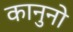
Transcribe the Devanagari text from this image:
कानुनो